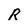
Character: R